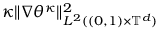
\kappa \| \nabla \theta ^ { \kappa } \| _ { L ^ { 2 } ( ( 0 , 1 ) \times \ensuremath { \mathbb { T } } ^ { d } ) } ^ { 2 }